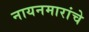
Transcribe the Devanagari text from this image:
नायनमारांचे